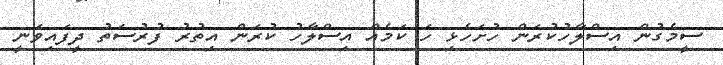
ސީމެގުން އިސްލާހުކުރަން ހުށަހެޅި ހަ ކަމެއް އިސްލާހު ކުރަން އިތުރު ފުރުސަތު ދީފައިވަނީ